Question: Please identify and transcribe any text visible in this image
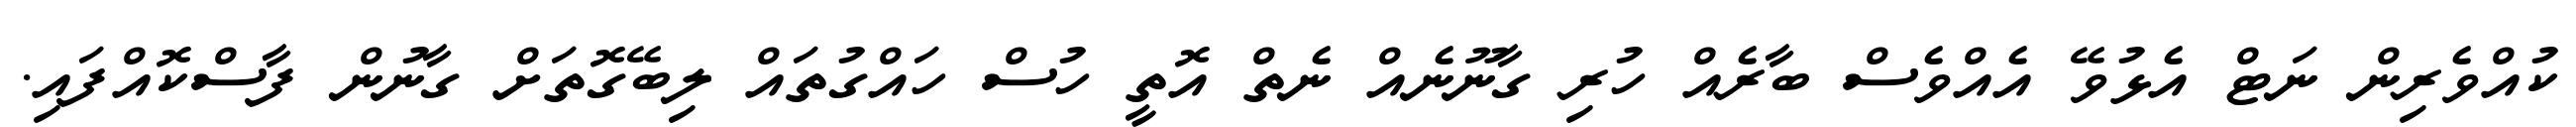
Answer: ކުއްވެރިން ނަޓް އެޅުވޭ އެއްވެސް ބާރެއް ހުރި ގާނޫނެއް ނެތް އޮތީ ހުސް ހައްގުތައް ލިބޭގޮތަށް ގާނުން ފާސްކޮއްފައި.